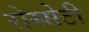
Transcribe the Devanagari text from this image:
रोस्सेटी